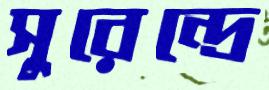
সুরেন্দ্রে